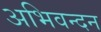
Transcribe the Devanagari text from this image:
अभिवन्दन